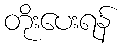
တိုးပေးရန်